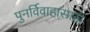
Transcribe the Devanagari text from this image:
पुनर्विवाहासाठी